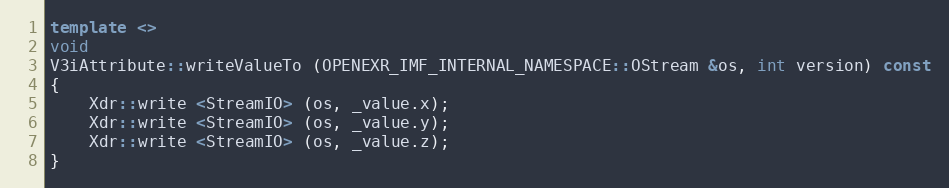
Language: C++
template <>
void
V3iAttribute::writeValueTo (OPENEXR_IMF_INTERNAL_NAMESPACE::OStream &os, int version) const
{
    Xdr::write <StreamIO> (os, _value.x);
    Xdr::write <StreamIO> (os, _value.y);
    Xdr::write <StreamIO> (os, _value.z);
}